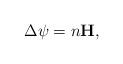
LaTeX: \begin{align*}\Delta \psi=n \mathbf{H},\end{align*}